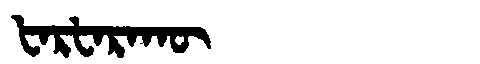
Manchu: ᡶᠠᡵᡶᠠᡵᠠᡴᡡ
Romanization: FARFARAKŪ